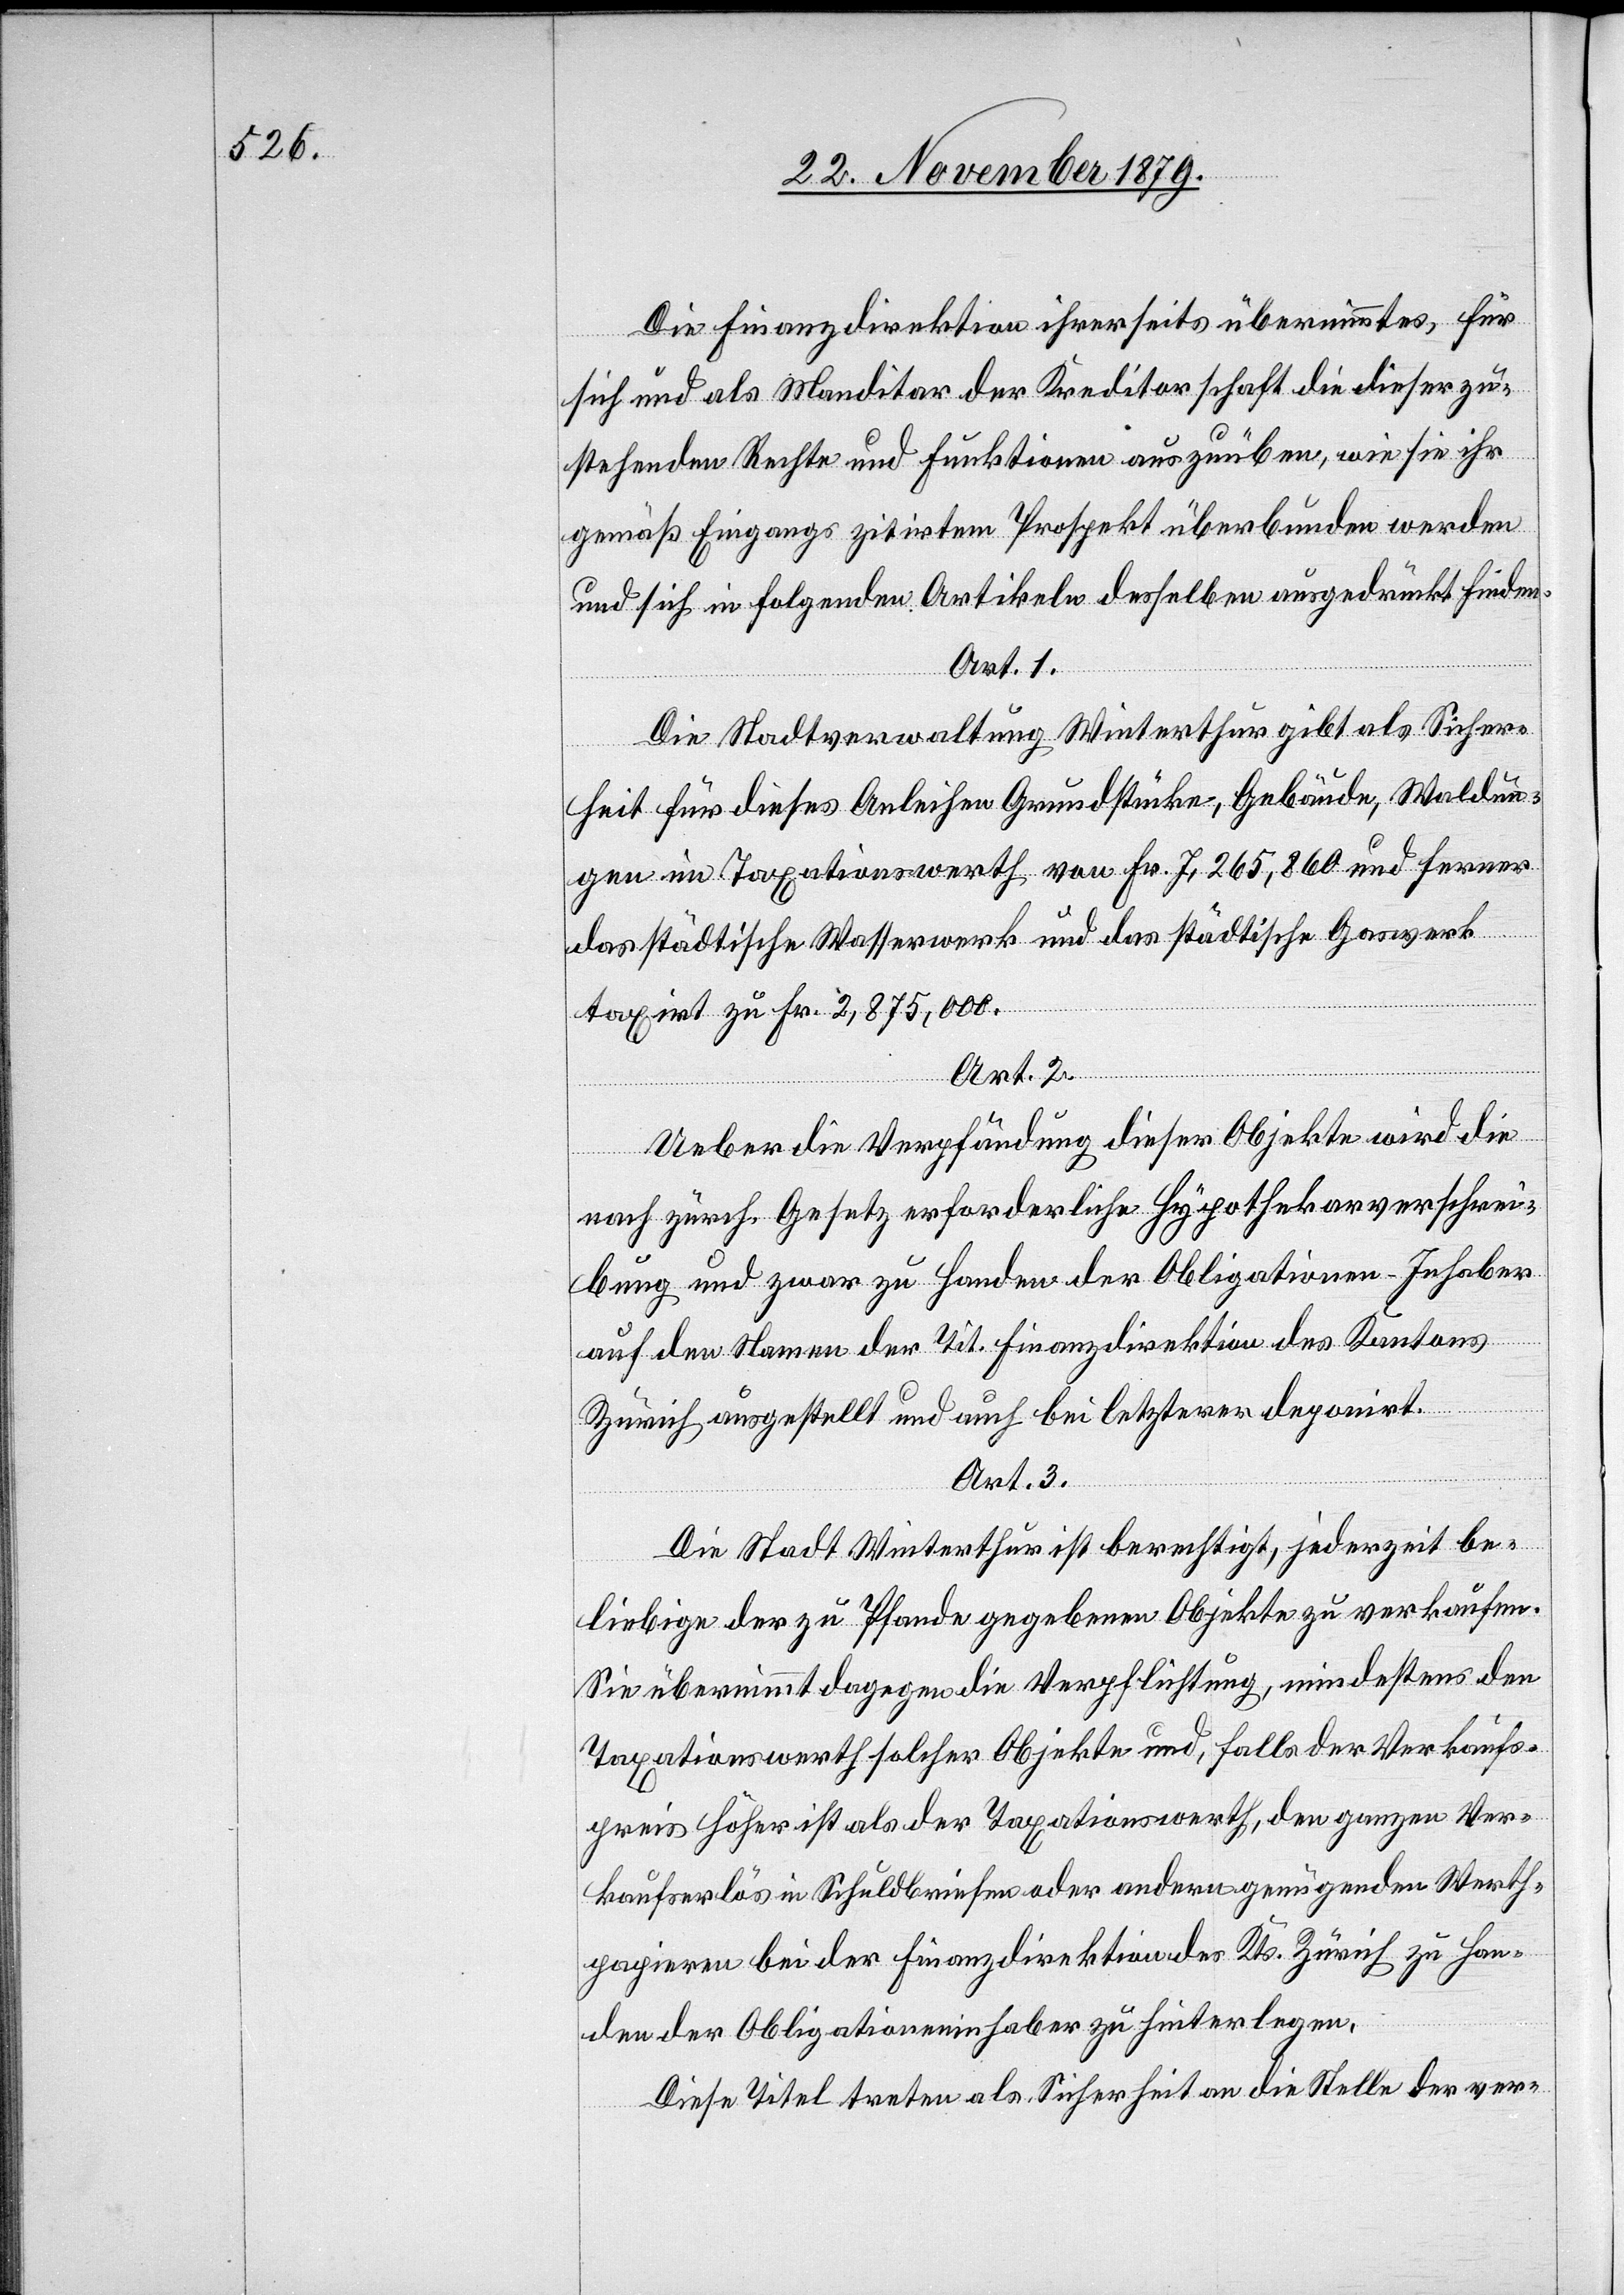
Die Finanzdirektion ihrerseits übernimmt es, für
sich und als Manditar der Kreditorschaft die dieser zu¬
stehenden Rechte und Funktionen auszuüben, wie sie ihr
gemäß Eingangs zitirtem Prospekt überbunden werden
und sich in folgenden Artikeln deshalben ausgedrückt finden.
Art. 1.
Die Stadtverwaltung Winterthur gibt als Sicher¬
heit für dieses Anleihen Grundstücke, Gebäude, Waldun¬
gen im Taxationswerth von Fr. 7,265,860 und ferner
das städtische Wasserwerk und das städtische Gaswerk
taxirt zu Fr. 2,875,000.
Art. 2.
Ueber die Verpfändung dieser Objekte wird die
nach zürch. Gesetz erforderliche Hypothekarverschrei¬
bung und zwar zu Handen der Obligationen-Inhaber
auf den Namen der Tit. Finanzdirektion des Kantons
Zürich ausgestellt und auch bei letzterer deponirt.
Art. 3.
Die Stadt Winterthur ist berechtigt, jederzeit be¬
liebige der zu Pfande gegebenen Objekte zu verkaufen.
Sie übernimmt dagegen die Verpflichtung, mindestens den
Taxationswerth solcher Objekte und, falls der Verkaufs¬
preis höher ist als der Taxationswerth, den ganzen Ver¬
kaufserlös in Schuldbriefen oder andern genügenden Werth¬
papieren bei der Finanzdirektion Kts. Zürich zu Han¬
den der Obligationeninhaber [sic!] zu hinterlegen.
Diese Titel treten als Sicherheit an die Stelle der ver-